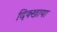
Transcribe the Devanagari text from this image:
दिक्खाया